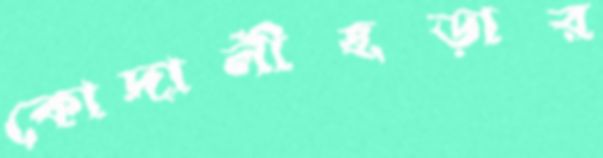
কোদালীছড়ার